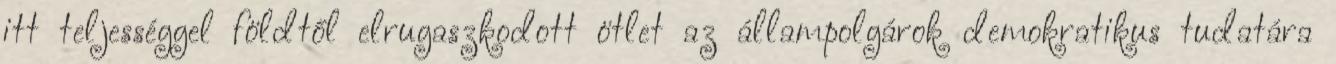
itt teljességgel földtől elrugaszkodott ötlet az állampolgárok demokratikus tudatára